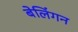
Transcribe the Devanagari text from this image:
बेलिंगन